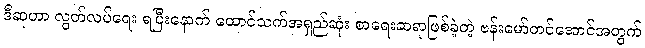
ဒီဆုဟာ လွတ်လပ်ရေး ရပြီးနောက် ထောင်သက်အရှည်ဆုံး စာရေးဆရာဖြစ်ခဲ့တဲ့ ဗန်းမော်တင်အောင်အတွက်